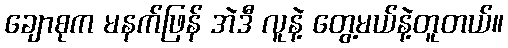
ချောစုက မနက်ဖြန် အဲဒီ လူနဲ့ တွေ့မယ်နဲ့တူတယ်။